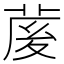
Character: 𦲘